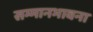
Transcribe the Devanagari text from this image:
सम्मानभावना